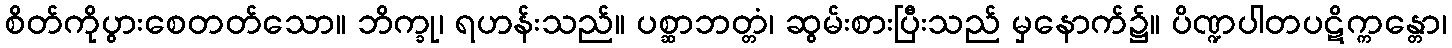
စိတ်ကိုပွားစေတတ်သော။ ဘိက္ခု၊ ရဟန်းသည်။ ပစ္ဆာဘတ္တံ၊ ဆွမ်းစားပြီးသည် မှနောက်၌။ ပိဏ္ဍပါတပဋိက္ကန္တော၊